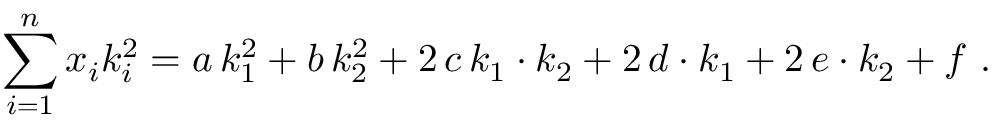
\sum _ { i = 1 } ^ { n } x _ { i } k _ { i } ^ { 2 } = a \, k _ { 1 } ^ { 2 } + b \, k _ { 2 } ^ { 2 } + 2 \, c \, k _ { 1 } \cdot k _ { 2 } + 2 \, d \cdot k _ { 1 } + 2 \, e \cdot k _ { 2 } + f \ .